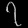
Digit: ၇